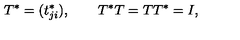
T ^ { * } = ( t _ { j i } ^ { * } ) , \qquad T ^ { * } T = T T ^ { * } = I ,